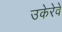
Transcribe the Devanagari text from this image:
उकेरेवे